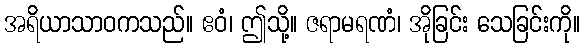
အရိယာသာဝကသည်။ ဧဝံ၊ ဤသို့။ ဇရာမရဏံ၊ အိုခြင်း သေခြင်းကို။